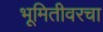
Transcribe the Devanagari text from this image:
भूमितीवरचा